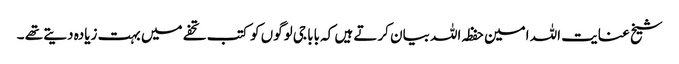
شیخ عنایت اللہ امین حفظہ اللہ بیان کرتے ہیں کہ بابا جی لوگوں کو کتب تحفے میں بہت زیادہ دیتے تھے ۔